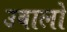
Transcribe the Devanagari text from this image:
उबालो